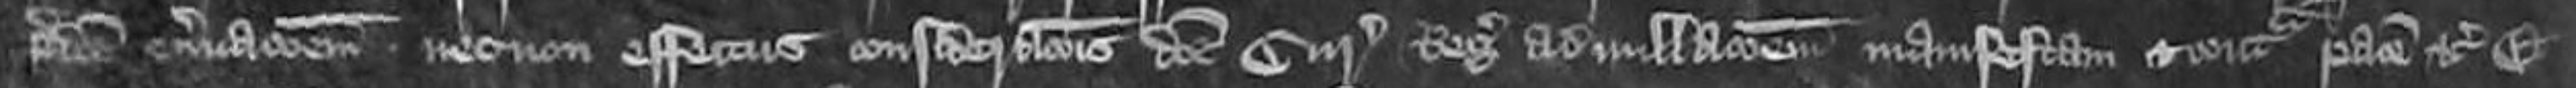
predictum enervacionem nec non effectus considerationis donet curia Regis adnullacionem manifestam et contra pacem etc Et